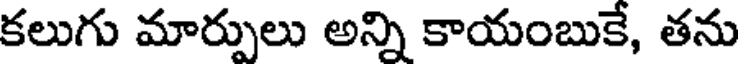
కలుగు మార్పులు అన్ని కాయంబుకే, తను